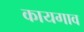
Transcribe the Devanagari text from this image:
कायगाव